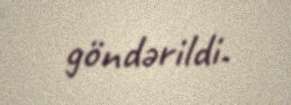
göndərildi.